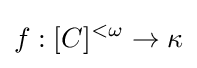
f:[C]^{<\omega }\rightarrow \kappa